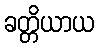
ခတ္တိယာယ